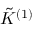
\tilde { K } ^ { ( 1 ) }